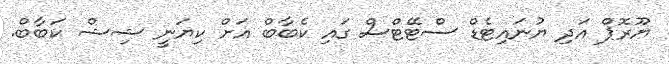
ޔޫރޮޕް އަދި ޔުނައިޓެޑް ސްޓޭޓްސް ގައި ކެބާބް އަށް ކިޔަނީ ޝިޝް ކަބާބް.